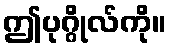
ဤပုဂ္ဂိုလ်ကို။